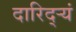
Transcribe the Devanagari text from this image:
दारिद्ऱ्यं